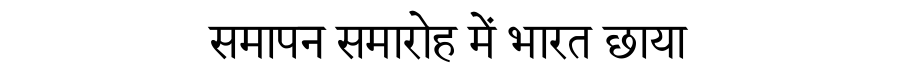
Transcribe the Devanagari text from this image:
समापन समारोह में भारत छाया